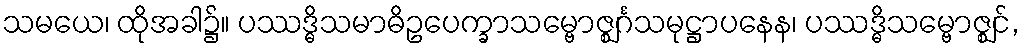
သမယေ၊ ထိုအခါ၌။ ပဿဒ္ဓိသမာဓိဥပေက္ခာသမ္ဗောဇ္ဈင်္ဂသမုဋ္ဌာပနေန၊ ပဿဒ္ဓိသမ္ဗောဇ္ဈင်,